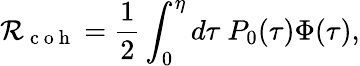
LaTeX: \mathcal{R}_{\mathrm{{~c~o~h~}}}=\frac{{1}}{{2}}\int_{0}^{\eta}d\tau~P_{0}(\tau)\Phi(\tau),